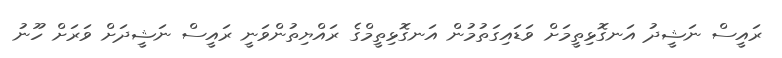
ރައީސް ނަޝީދު އަނގޮޅިތީމަށް ވަޑައިގަތުމުން އަނގޮޅިތީމްގެ ރައްޔިތުންވަނީ ރައީސް ނަޝީދަށް ވަރަށް ހޫނު